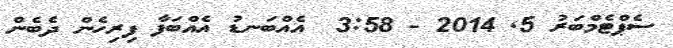
ސެޕްޓެމްބަރު 5